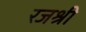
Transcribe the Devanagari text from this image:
रजश्री